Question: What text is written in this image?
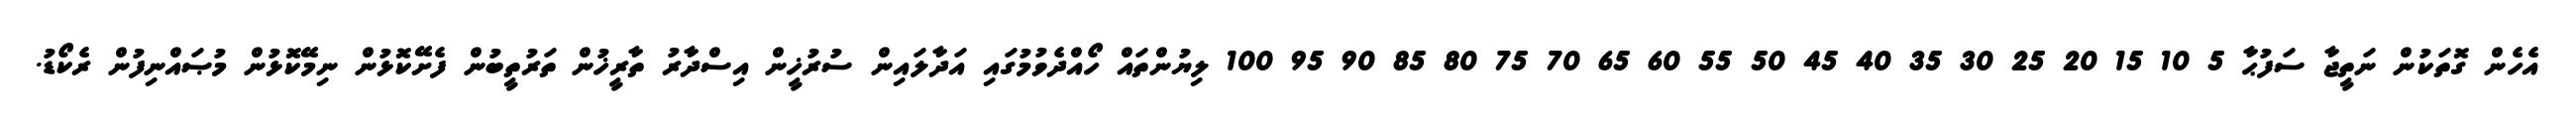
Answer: އެހެން ގޮތަކުން ނަތީޖާ ސަފުޙާ 5 10 15 20 25 30 35 40 45 50 55 60 65 70 75 80 85 90 95 100 ލިޔުންތައް ހޯއްދެވުމުގައި އަދާލައިން ސުރުޚީން އިސްދާރު ތާރީޚުން ތަރުތީބުން ފެށޭކޮޅުން ނިމޭކޮޅުން މުޞައްނިފުން ރެކޯޑު.